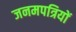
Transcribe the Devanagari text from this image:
जनमपत्रियों